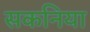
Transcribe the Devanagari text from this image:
सकनिया